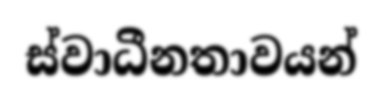
ස්වාධීනතාවයන්